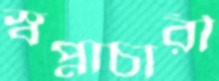
স্বপ্নাচারী